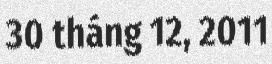
30 tháng 12, 2011